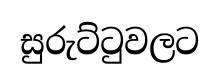
සුරුට්ටුවලට